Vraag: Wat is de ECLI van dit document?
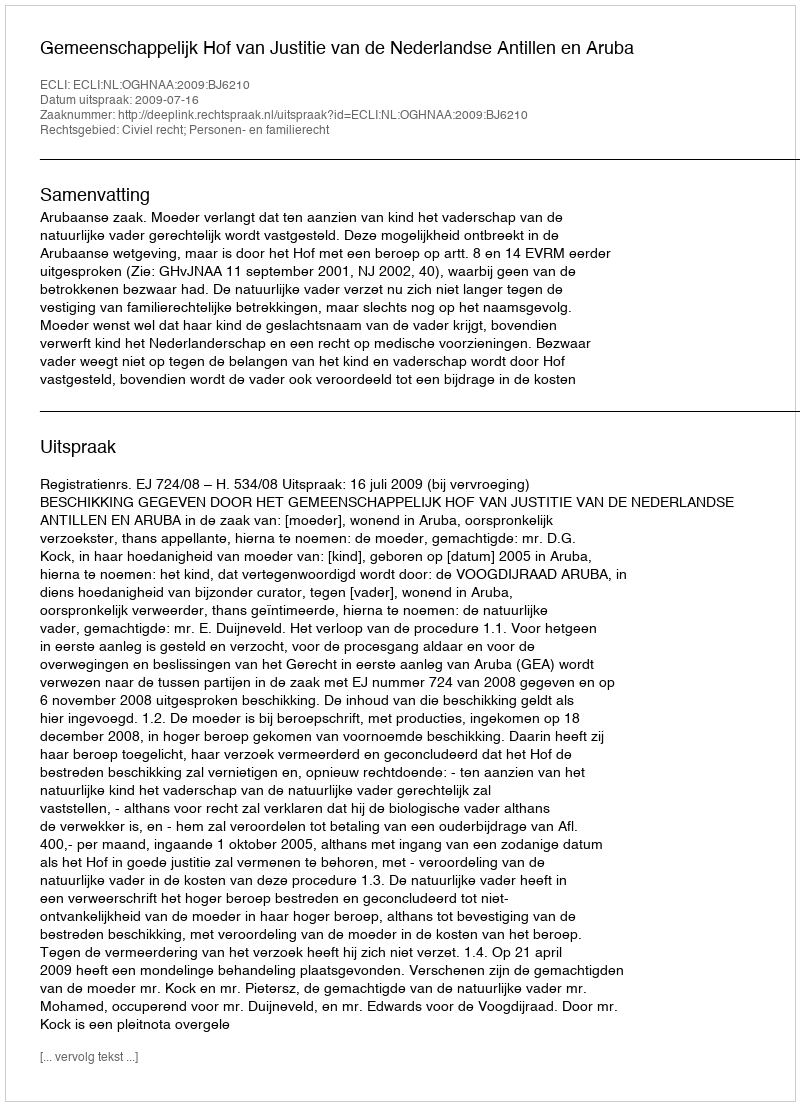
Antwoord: ECLI:NL:OGHNAA:2009:BJ6210